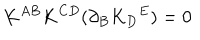
LaTeX: K ^ { A B } K ^ { C D } ( \partial _ { B } K _ { D } { } ^ { E } ) = 0